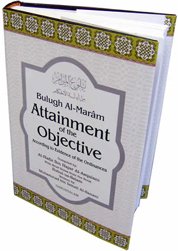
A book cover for Bulugh Al-Maram: Attainment of the Objective According to Evidence of the Ordinances; Al-Hafiz Ibn Hajar Al-Asqalani; Religion & Spirituality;